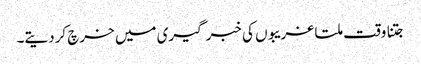
جتنا وقت ملتا غریبوں کی خبر گیری میں خرچ کردیتے۔